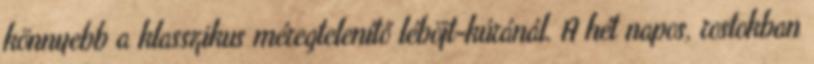
könnyebb a klasszikus méregtelenítő léböjt-kúránál. A hét napos, rostokban